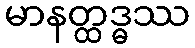
မာနတ္ထဒ္ဓဿ